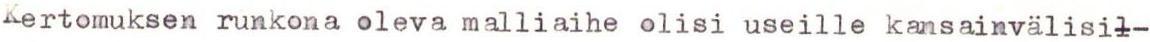
Kertomuksen runkona oleva malliaihe olisi useille kansainvälisil-